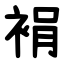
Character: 裐